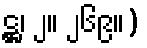
ဋ္ဌ၊ ၂။ ၂၆၉။)